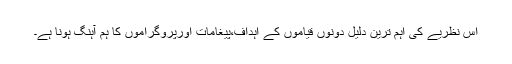
اس نظریے کی اہم ترین دلیل دونوں قیاموں کے اہداف،پیغامات اورپروگراموں کا ہم آہنگ ہونا ہے۔